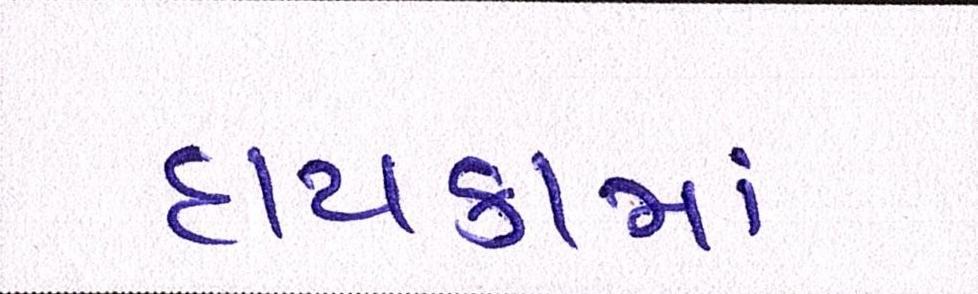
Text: દાયકામાં